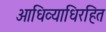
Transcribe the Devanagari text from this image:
आधिव्याधिरहित